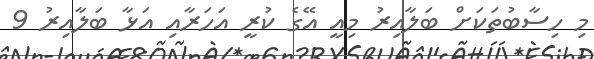
މި ހިސާބުތަކަށް ބަލާއިރު މިއީ އޭގެ ކުރީ އަހަރާއި އަޅާ ބަލާއިރު 9